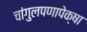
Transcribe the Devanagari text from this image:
चांगुलपणापेक्षा